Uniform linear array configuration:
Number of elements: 24
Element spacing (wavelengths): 0.75
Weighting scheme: kaiser
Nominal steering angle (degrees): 0
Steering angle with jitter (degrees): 0.3833
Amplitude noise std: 0.05
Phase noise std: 0.05

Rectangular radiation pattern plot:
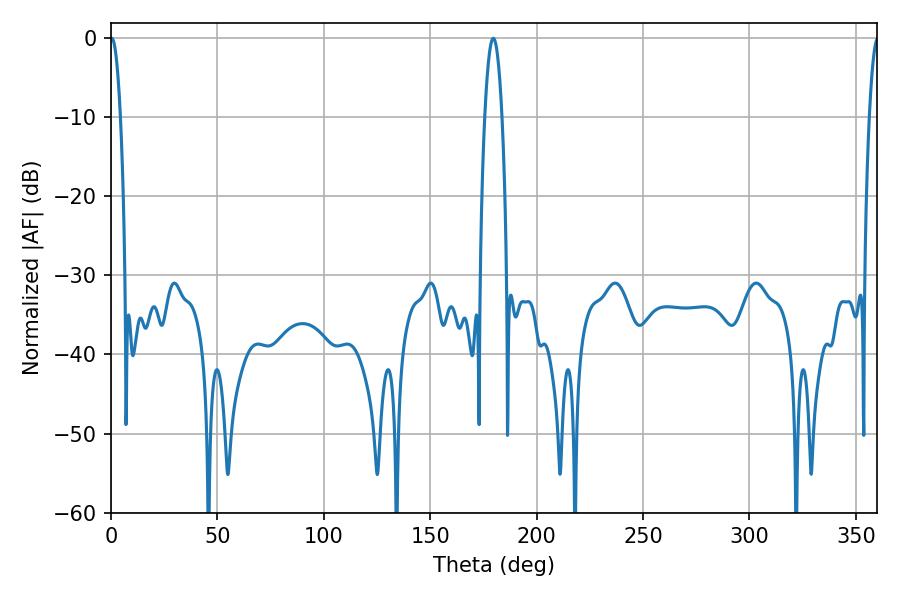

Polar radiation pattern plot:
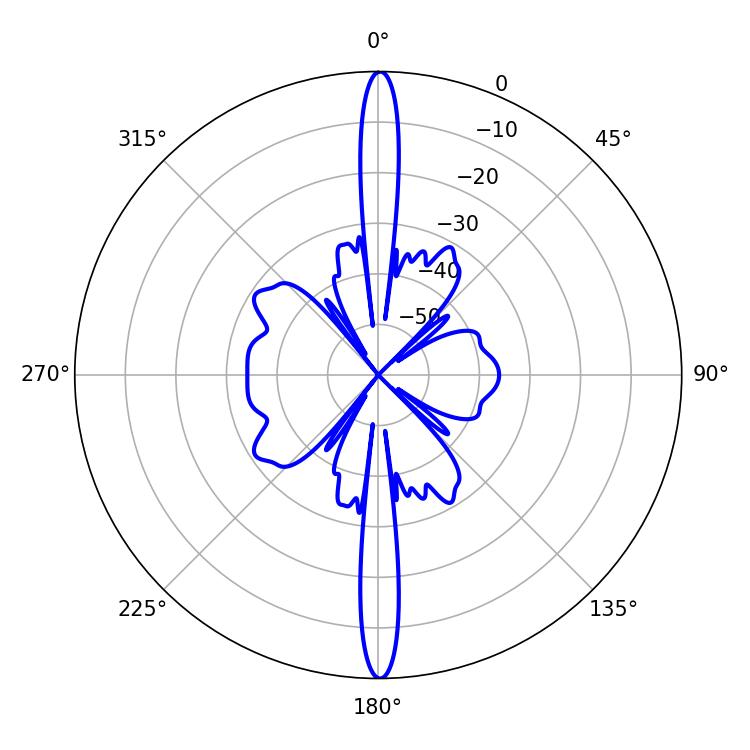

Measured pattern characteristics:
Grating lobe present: TRUE
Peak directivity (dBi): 34.466
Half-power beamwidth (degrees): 2.52
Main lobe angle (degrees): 0.36